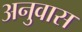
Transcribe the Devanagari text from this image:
अनुवास